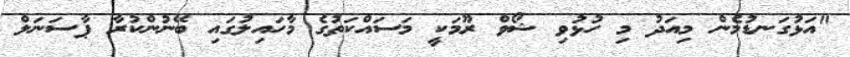
"އަޅުގަނޑުމެން މިއަދު މި ހުޅުވި ޝޯވް ރޫމަކީ މަސައްކަތުގެ މާހައިލުގައި ބޭނުންކުރާ ޕާސަނަލް